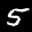
Label: 5